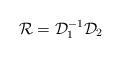
LaTeX: \begin{align*}{\cal R} = {\cal D}_{1}^{-1} {\cal D}_{2}\end{align*}